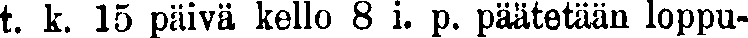
t. k. 15 päivä kello 8 i. p. päätetään loppu-